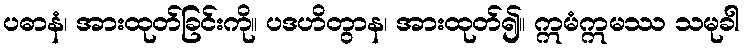
ပဓာနံ၊ အားထုတ်ခြင်းကို။ ပဒဟိတွာန၊ အားထုတ်၍။ ဣမံဣမဿ သမုခါ